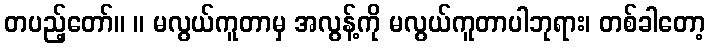
တပည့်တော်။ ။ မလွယ်ကူတာမှ အလွန့်ကို မလွယ်ကူတာပါဘုရား၊ တစ်ခါတော့